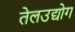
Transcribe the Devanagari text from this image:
तेलउद्योग